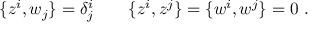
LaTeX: \{ z ^ { i } , w _ { j } \} = \delta _ { j } ^ { i } \qquad \{ z ^ { i } , z ^ { j } \} = \{ w ^ { i } , w ^ { j } \} = 0 \ .